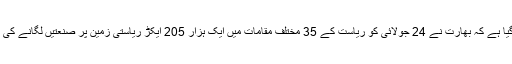
رپورٹ میں کہا گیا ہے کہ بھارت نے 24 جولائی کو ریاست کے 35 مختلف مقامات میں ایک ہزار 205 ایکڑ ریاستی زمین پر صنعتیں لگانے کی منظوری دی ہے۔